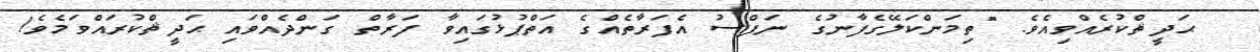
ޙަދީޘްކުރެއްވިއެވެ. "ތިމަންކަލޭގެފާނުގެ ނަފްސު އެފަރާތެއްގެ އަތްޕުޅުގައިވާ ފަރާތް ގަންދެއްވައި ޙަދީޘްކުރައްވަމެވެ!